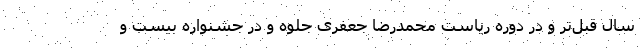
سال قبل‌تر و در دوره ریاست محمدرضا جعفری جلوه و در جشنواره بیست و